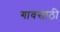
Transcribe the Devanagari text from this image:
गावसाठी